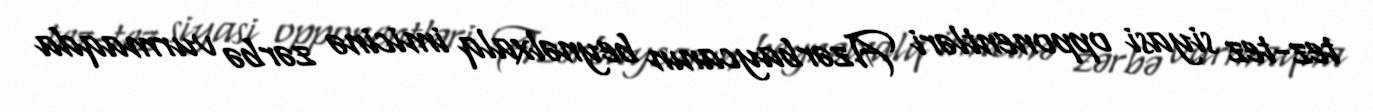
tez-tez siyasi opponentləri Azərbaycanın beynəlxalq imicinə zərbə vurmaqda